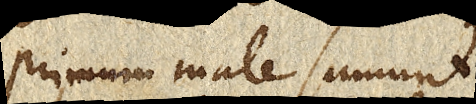
Primum male sumunt